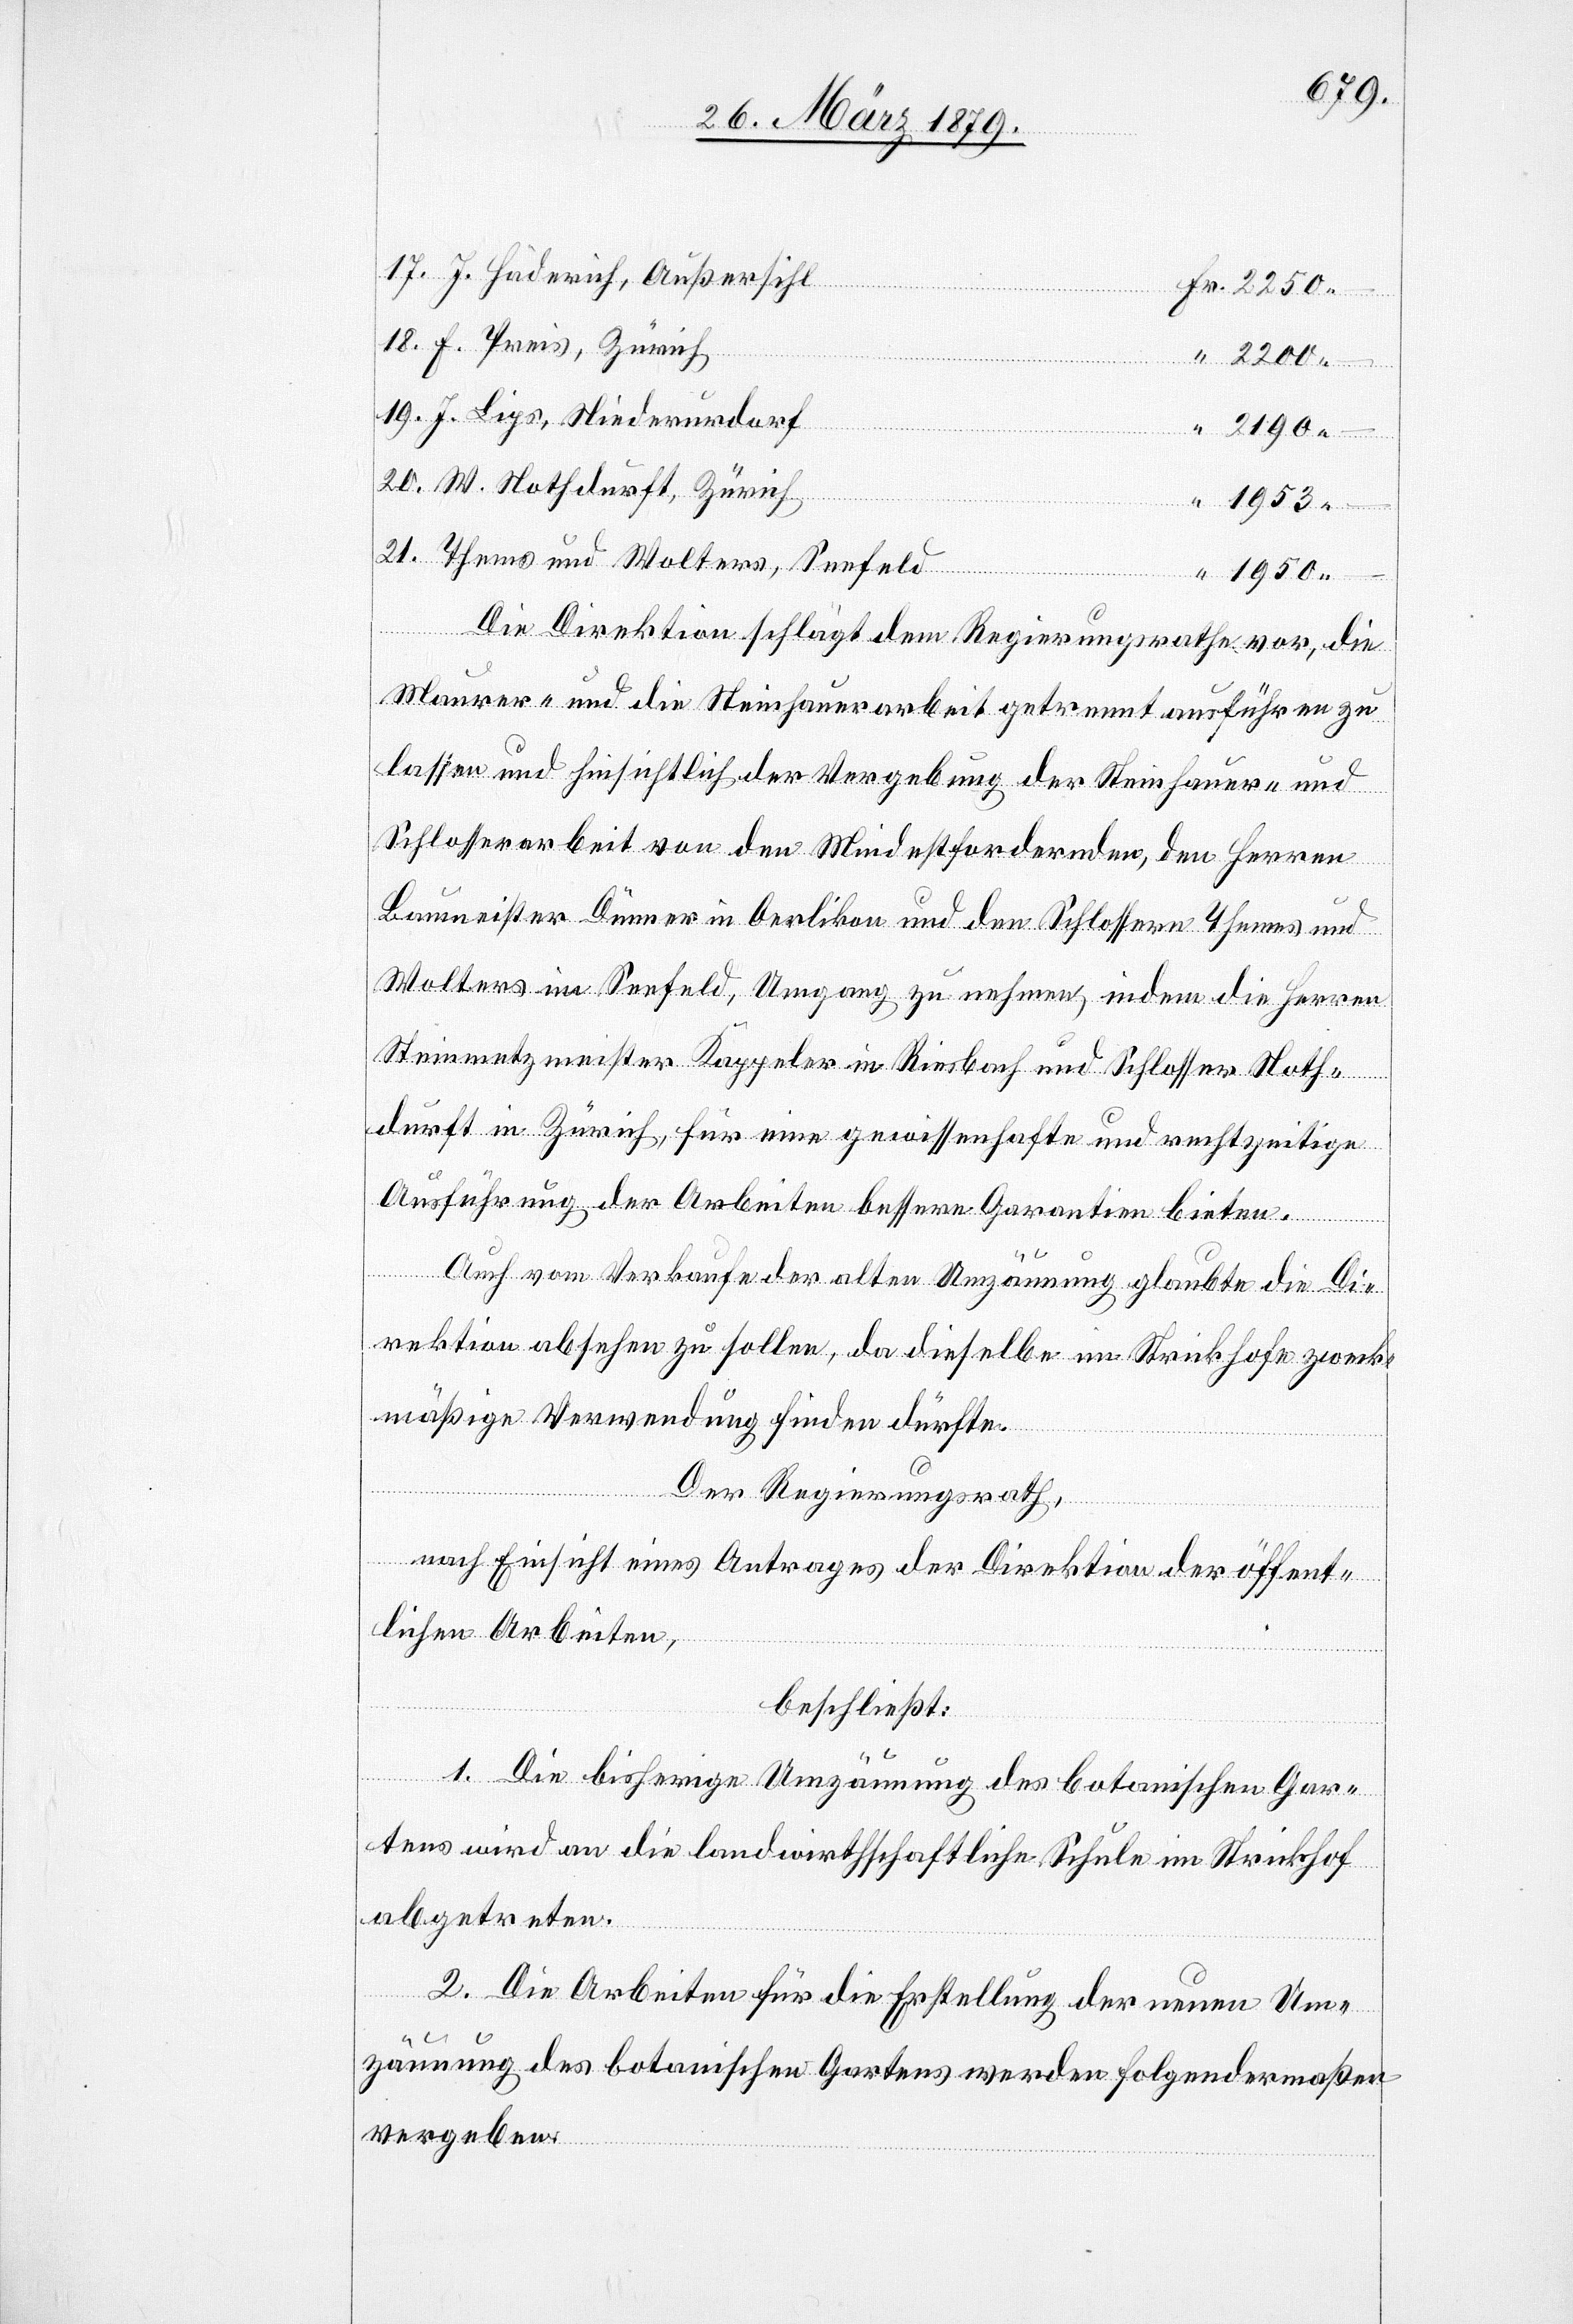
2190.
dorf
Se¬
1953.
1950.
Die Direktion schlägt dem Regierungsrathe vor, die
Maurer- und die Steinhauerarbeit getrennt ausführen zu
lassen und hinsichtlich der Vergebung der Steinhauer- und
Schlosserarbeit von den Mindestfordernden, den Herren
Baumeister Dünner in Oerlikon und den Schlossern Themes
Wolters im Seefeld, Umgang zu nehmen, indem die Herren
Steinmetzmeister Kappeler in Riesbach und Schlosser Noth¬
durft in Zürich, für eine gewissenhafte und rechtzeitige
Ausführung der Arbeiten bessere Garantien bieten.
efeld
Auch vom Verkaufe der alten Umzäunung glaubte die Di¬
rektion absehen zu sollen, da dieselbe im Strickhofe zweck¬
mäßige Verwendung finden dürfte.
Der Regierungsrath,
nach Einsicht eines Antrages der Direktion der öffent¬
lichen Arbeiten,
beschließt:
und Wolters,
1. Die bisherige Umzäunung des botanischen Gar¬
tens wird an die landwirthschaftliche Schule im Strickhof
abgetreten.
2. Die Arbeiten für die Erstellung der neuen Um¬
zäunung des botanischen Gartens werden folgendermaßen
vergeben: